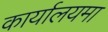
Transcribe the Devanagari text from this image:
कार्यालयमा